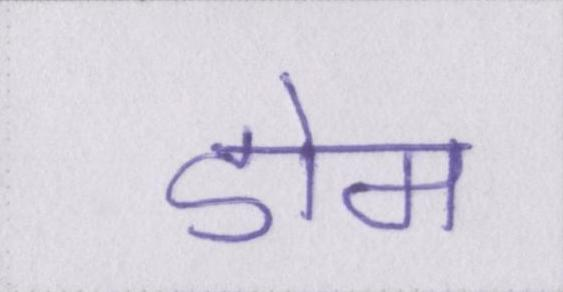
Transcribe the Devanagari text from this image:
डोम